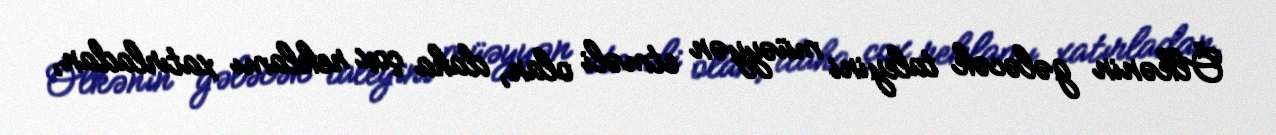
Ölkənin gələcək taleyini müəyyən etməli olan, daha çox reklamı xatırladan,